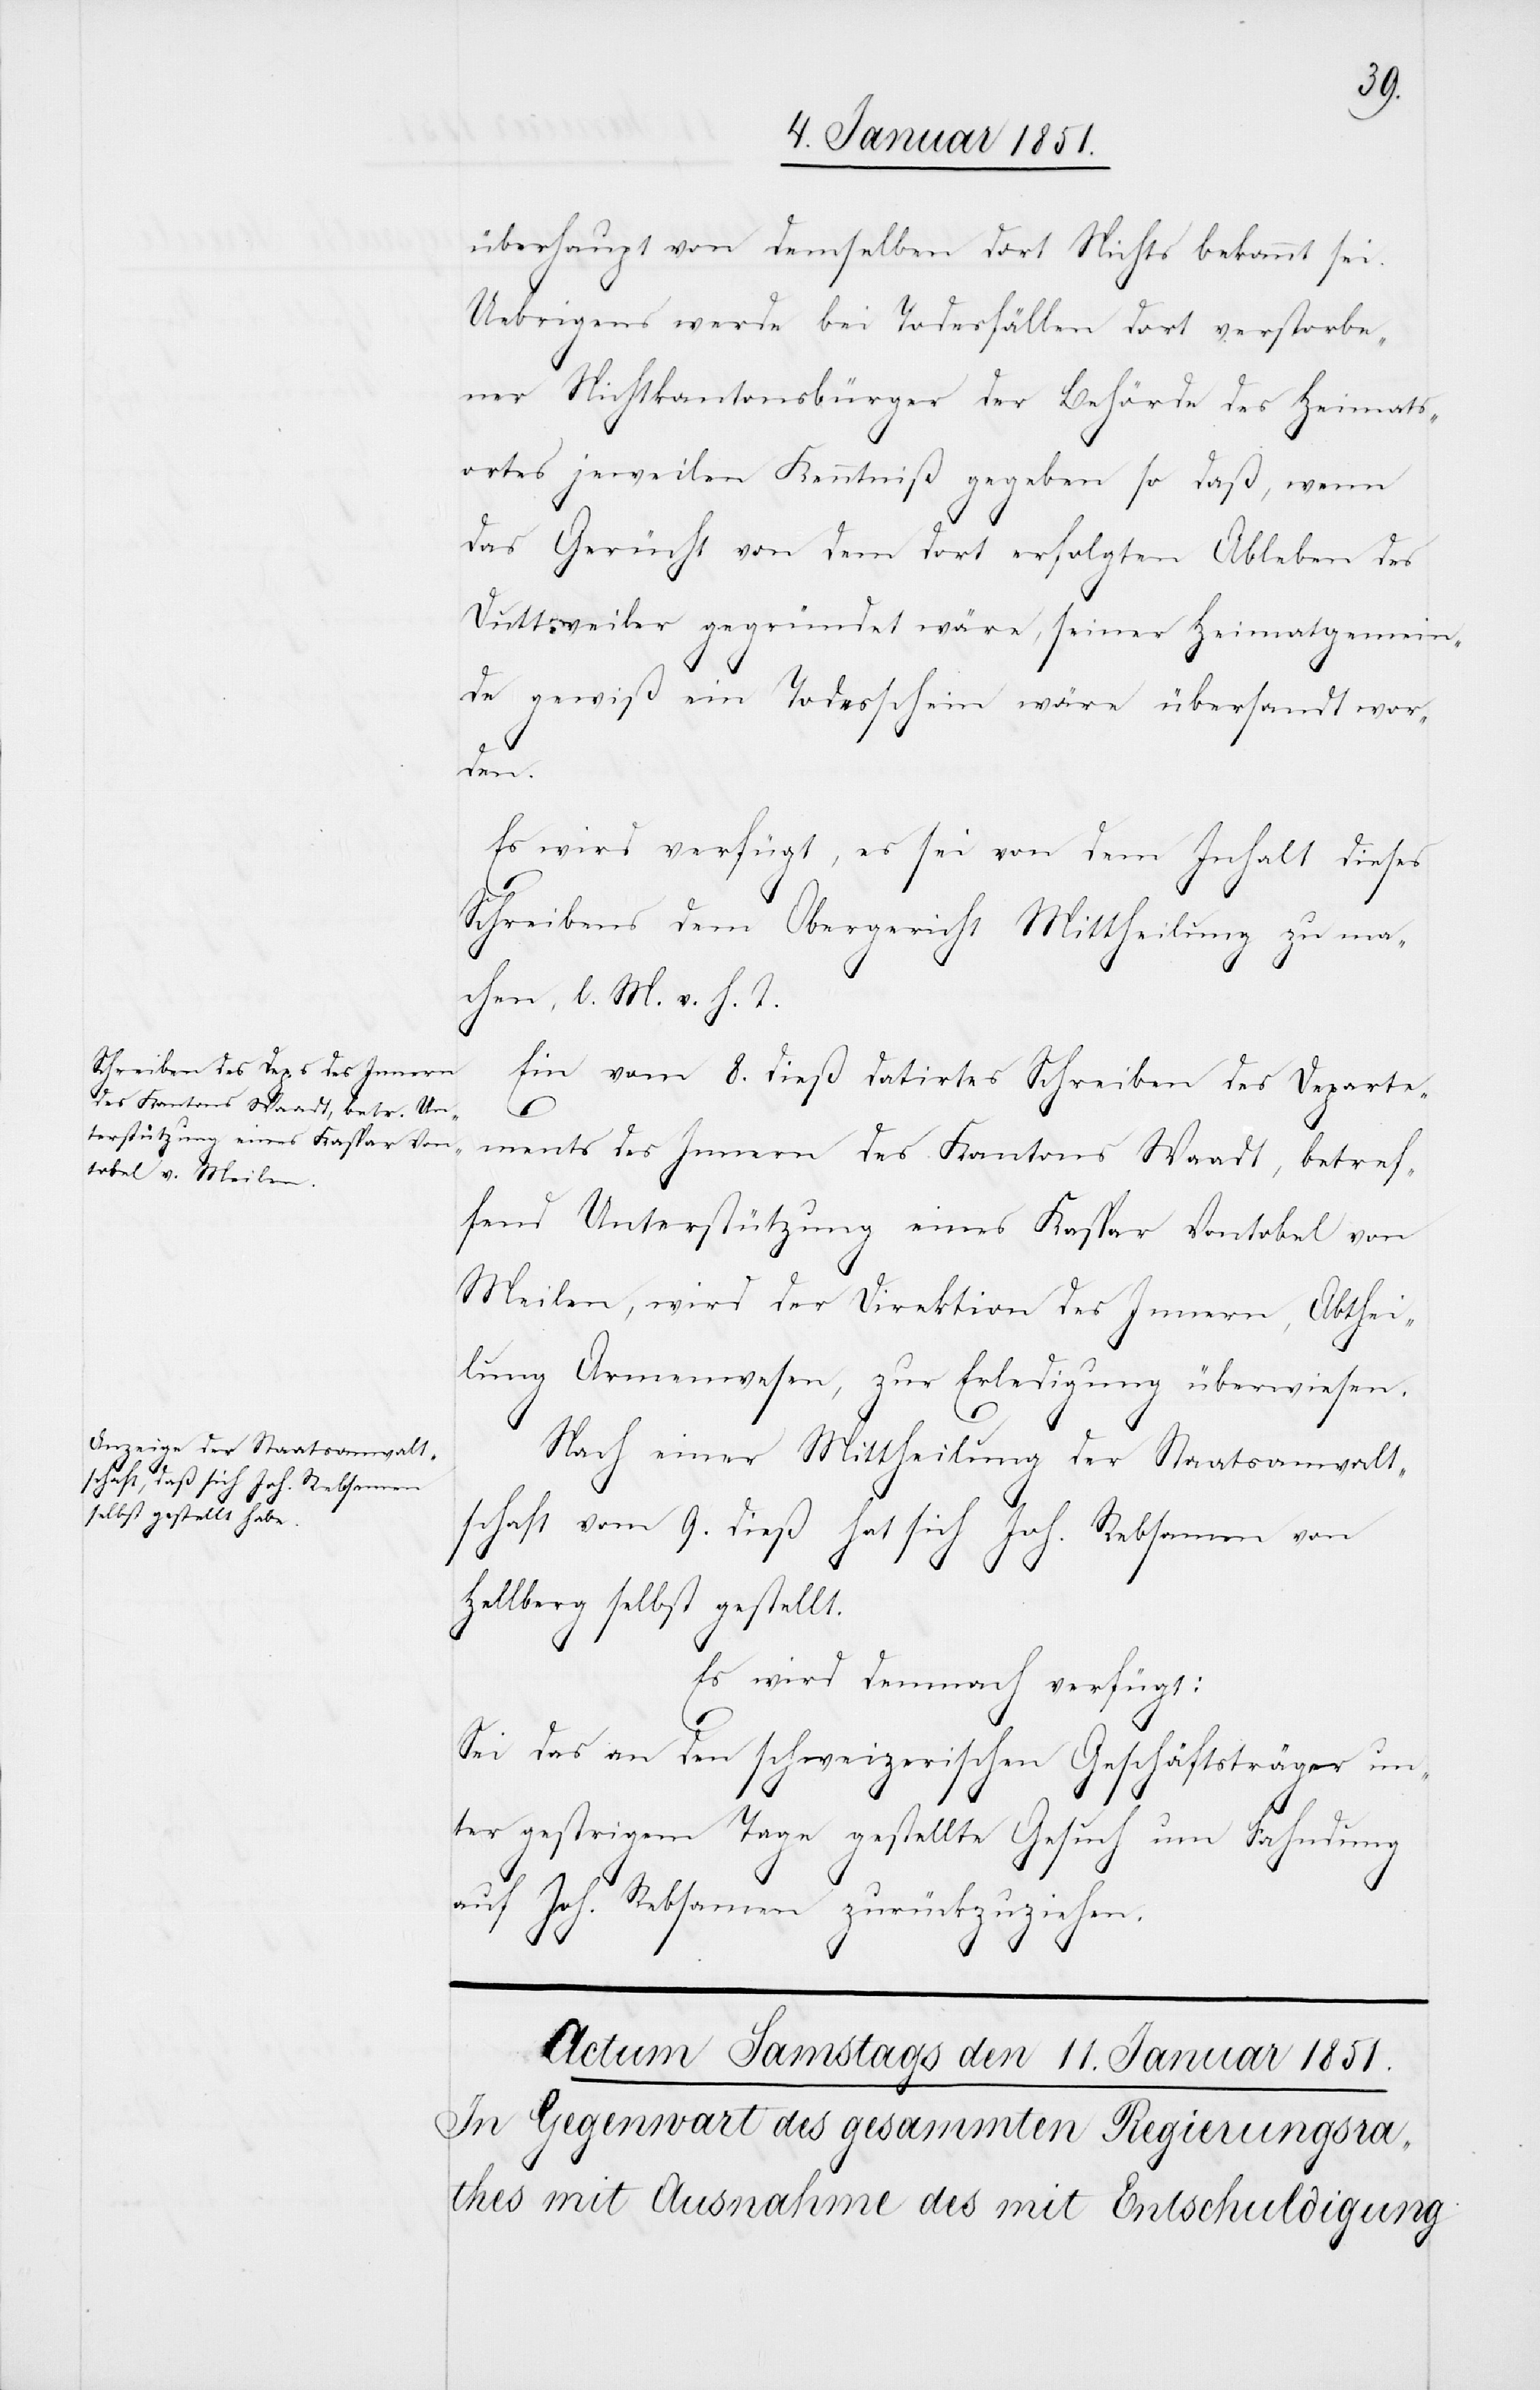
überhaupt von demselben dort Nichts bekannt sei.
Uebrigens werde bei Todesfällen dort verstorbe¬
ner Nichtkantonsbürger der Behörde des Heimats¬
ortes jeweilen Kenntniß gegeben so daß, wenn
das Gerücht von dem dort erfolgten Ableben des
Duttweiler gegründet wäre, seiner Heimatgemein¬
de gewiß ein Todesschein wäre übersandt wor¬
den
Es wird verfügt, es sei von dem Inhalt dieses
10.
Schreibens dem Obergericht Mittheilung zu ma¬
chen, l. M. v. h. T.
Ein vom 8. dieß datirtes Schreiben des Departe¬
ments des Innern des Kantons Waadt, betref¬
fend Unterstützung eines Kaspar Vontobel von
Meilen, wird der Direktion des Innern, Abthei¬
lung Armenwesen, zur Erledigung überwiesen.
Nach einer Mittheilung der Staatsanwalt¬
schaft vom 9. dieß hat sich Joh. Rebsamen von
Hellberg selbst gestellt.
Es wird demnach verfügt:
Sei das an den schweizerischen Geschäftsträger un¬
ter gestrigem Tage gestellte Gesuch um Fahndung
auf Joh. Rebsamen zurückzuziehen.